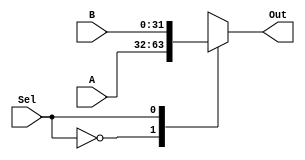
module Mux2 #(parameter WIDTH = 32) (Sel, A, B, Out);
  input Sel;
  input [WIDTH-1:0] A,B;
  output reg [WIDTH-1:0] Out;

  always @(*)
    case(Sel)
      1'b0 : Out = A;
      1'b1 : Out = B; 
    endcase
endmodule